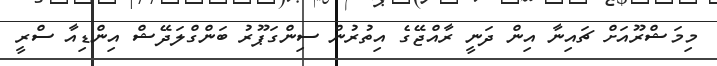
މިމަޝްރޫއަށް ޗައިނާ އިން ދަނީ ރާއްޖޭގެ އިތުރުން ސިންގަޕޫރު ބަންގްލަދޭޝް އިންޑިއާ ސްރީ